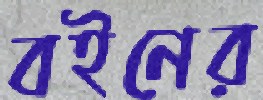
বইনের